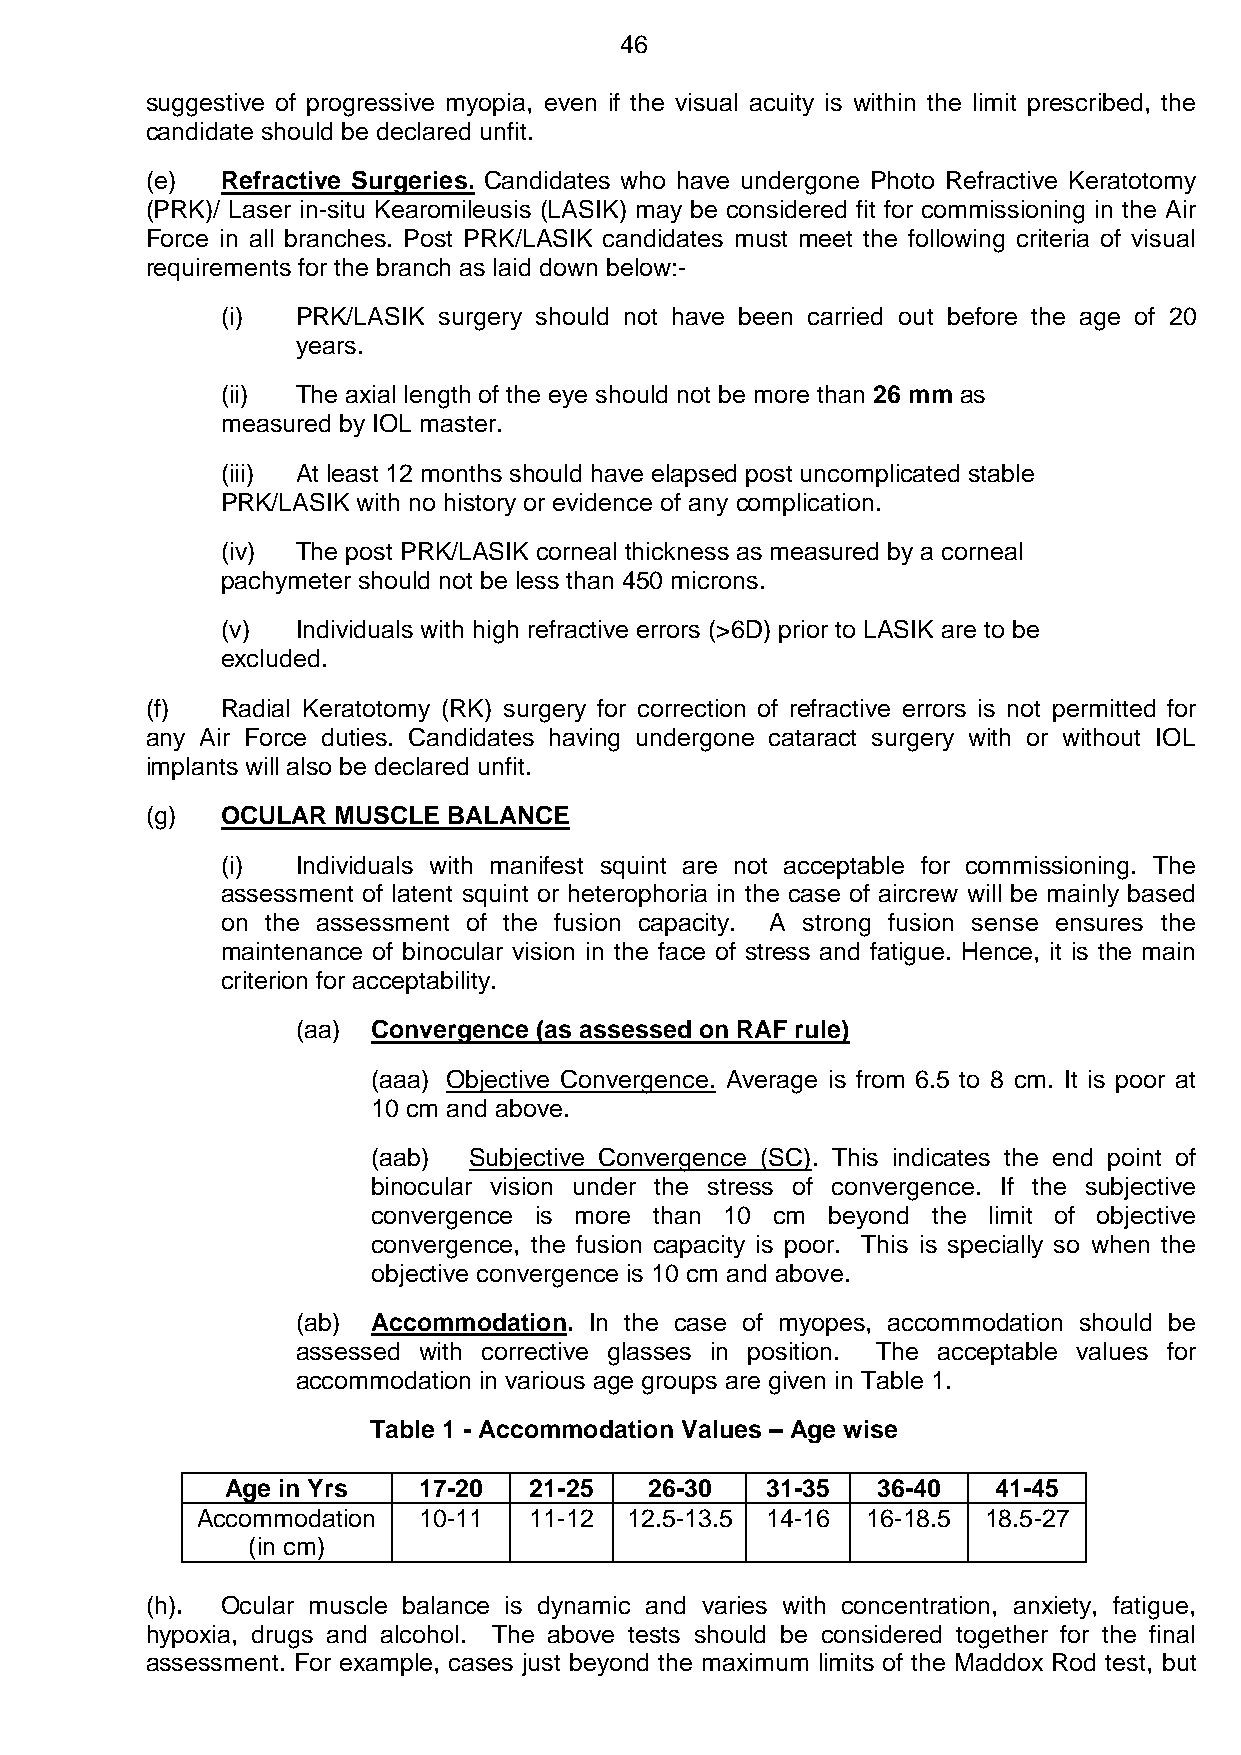
46
 suggestive of progressive myopia, even if the visual acuity is within the limit prescribed, the
 candidate should be declared unfit.
 (e)  Refractive Surgeries. Candidates who have undergone Photo Refractive Keratotomy
 (PRK)/ Laser in-situ Kearomileusis (LASIK) may be considered fit for commissioning in the Air
 Force in all branches. Post PRK/LASIK candidates must meet the following criteria of visual
 requirements for the branch as laid down below:-
 (i)  PRK/LASIK surgery should not have been carried out before the age of 20
 years.
 (ii) The axial length of the eye should not be more than 26 mm as
 measured by IOL master.
 (iii) At least 12 months should have elapsed post uncomplicated stable
 PRK/LASIK with no history or evidence of any complication.
 (iv) The post PRK/LASIK corneal thickness as measured by a corneal
 pachymeter should not be less than 450 microns.
 (v)  Individuals with high refractive errors (>6D) prior to LASIK are to be
 excluded.
 (f)  Radial Keratotomy (RK) surgery for correction of refractive errors is not permitted for
 any Air Force duties. Candidates having undergone cataract surgery with or without IOL
 implants will also be declared unfit.
 (g)  OCULAR MUSCLE  BALANCE
 (i)  Individuals with manifest squint are not acceptable for commissioning. The
 assessment of latent squint or heterophoria in the case of aircrew will be mainly based
 on the assessment of the fusion capacity. A strong fusion sense ensures the
 maintenance of binocular vision in the face of stress and fatigue. Hence, it is the main
 criterion for acceptability.
 (aa) Convergence (as assessed on RAF rule)
 (aaa) Objective Convergence. Average is from 6.5 to 8 cm. It is poor at
 10 cm and above.
 (aab) Subjective Convergence (SC). This indicates the end point of
 binocular vision under the stress of convergence. If the subjective
 convergence is more than 10 cm beyond the limit of objective
 convergence, the fusion capacity is poor. This is specially so when the
 objective convergence is 10 cm and above.
 (ab) Accommodation. In the case of myopes, accommodation should be
 assessed with corrective glasses in position. The acceptable values for
 accommodation in various age groups are given in Table 1.
 Table 1 - Accommodation Values – Age wise
 Age in Yrs   17-20  21-25   26-30   31-35  36-40   41-45
 Accommodation  10-11  11-12 12.5-13.5 14-16 16-18.5 18.5-27
 (in cm)
 (h). Ocular muscle balance is dynamic and varies with concentration, anxiety, fatigue,
 hypoxia, drugs and alcohol. The above tests should be considered together for the final
 assessment. For example, cases just beyond the maximum limits of the Maddox Rod test, but